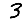
Digit: 3